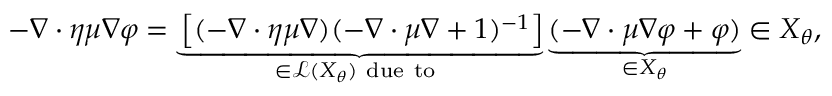
\begin{array} { r } { - \nabla \cdot \eta \mu \nabla \varphi = \underbrace { \left[ ( - \nabla \cdot \eta \mu \nabla ) ( - \nabla \cdot \mu \nabla + 1 ) ^ { - 1 } \right] } _ { \in \mathcal { L } ( X _ { \theta } ) \mathrm { ~ d u e ~ t o ~ } } \underbrace { ( - \nabla \cdot \mu \nabla \varphi + \varphi ) } _ { \in X _ { \theta } } \in X _ { \theta } , } \end{array}